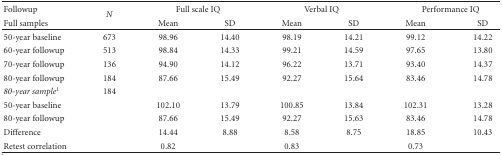
| Followup | <ROWSPAN=2> N | <COLSPAN=2> Full scale IQ | <COLSPAN=2> Verbal IQ | <COLSPAN=2> Performance IQ |
 | Full samples | Mean | SD | Mean | SD | Mean | SD |
 | --- | --- | --- | --- | --- | --- | --- | --- |
 | 50-year baseline | 673 | 98.96 | 14.40 | 98.19 | 14.21 | 99.12 | 14.22 |
 | 60-year followup | 513 | 98.84 | 14.33 | 99.21 | 14.59 | 97.65 | 13.80 |
 | 70-year followup | 136 | 94.90 | 14.12 | 96.22 | 13.71 | 93.40 | 14.37 |
 | 80-year followup | 184 | 87.66 | 15.49 | 92.27 | 15.64 | 83.46 | 14.78 |
 | 80-year sample1 | 184 |  |  |  |  |  |  |
 | 50-year baseline |  | 102.10 | 13.79 | 100.85 | 13.84 | 102.31 | 13.28 |
 | 80-year followup |  | 87.66 | 15.49 | 92.27 | 15.63 | 83.46 | 14.78 |
 | Difference |  | 14.44 | 8.88 | 8.58 | 8.75 | 18.85 | 10.43 |
 | Retest correlation |  | 0.82 |  | 0.83 |  | 0.73 |  |